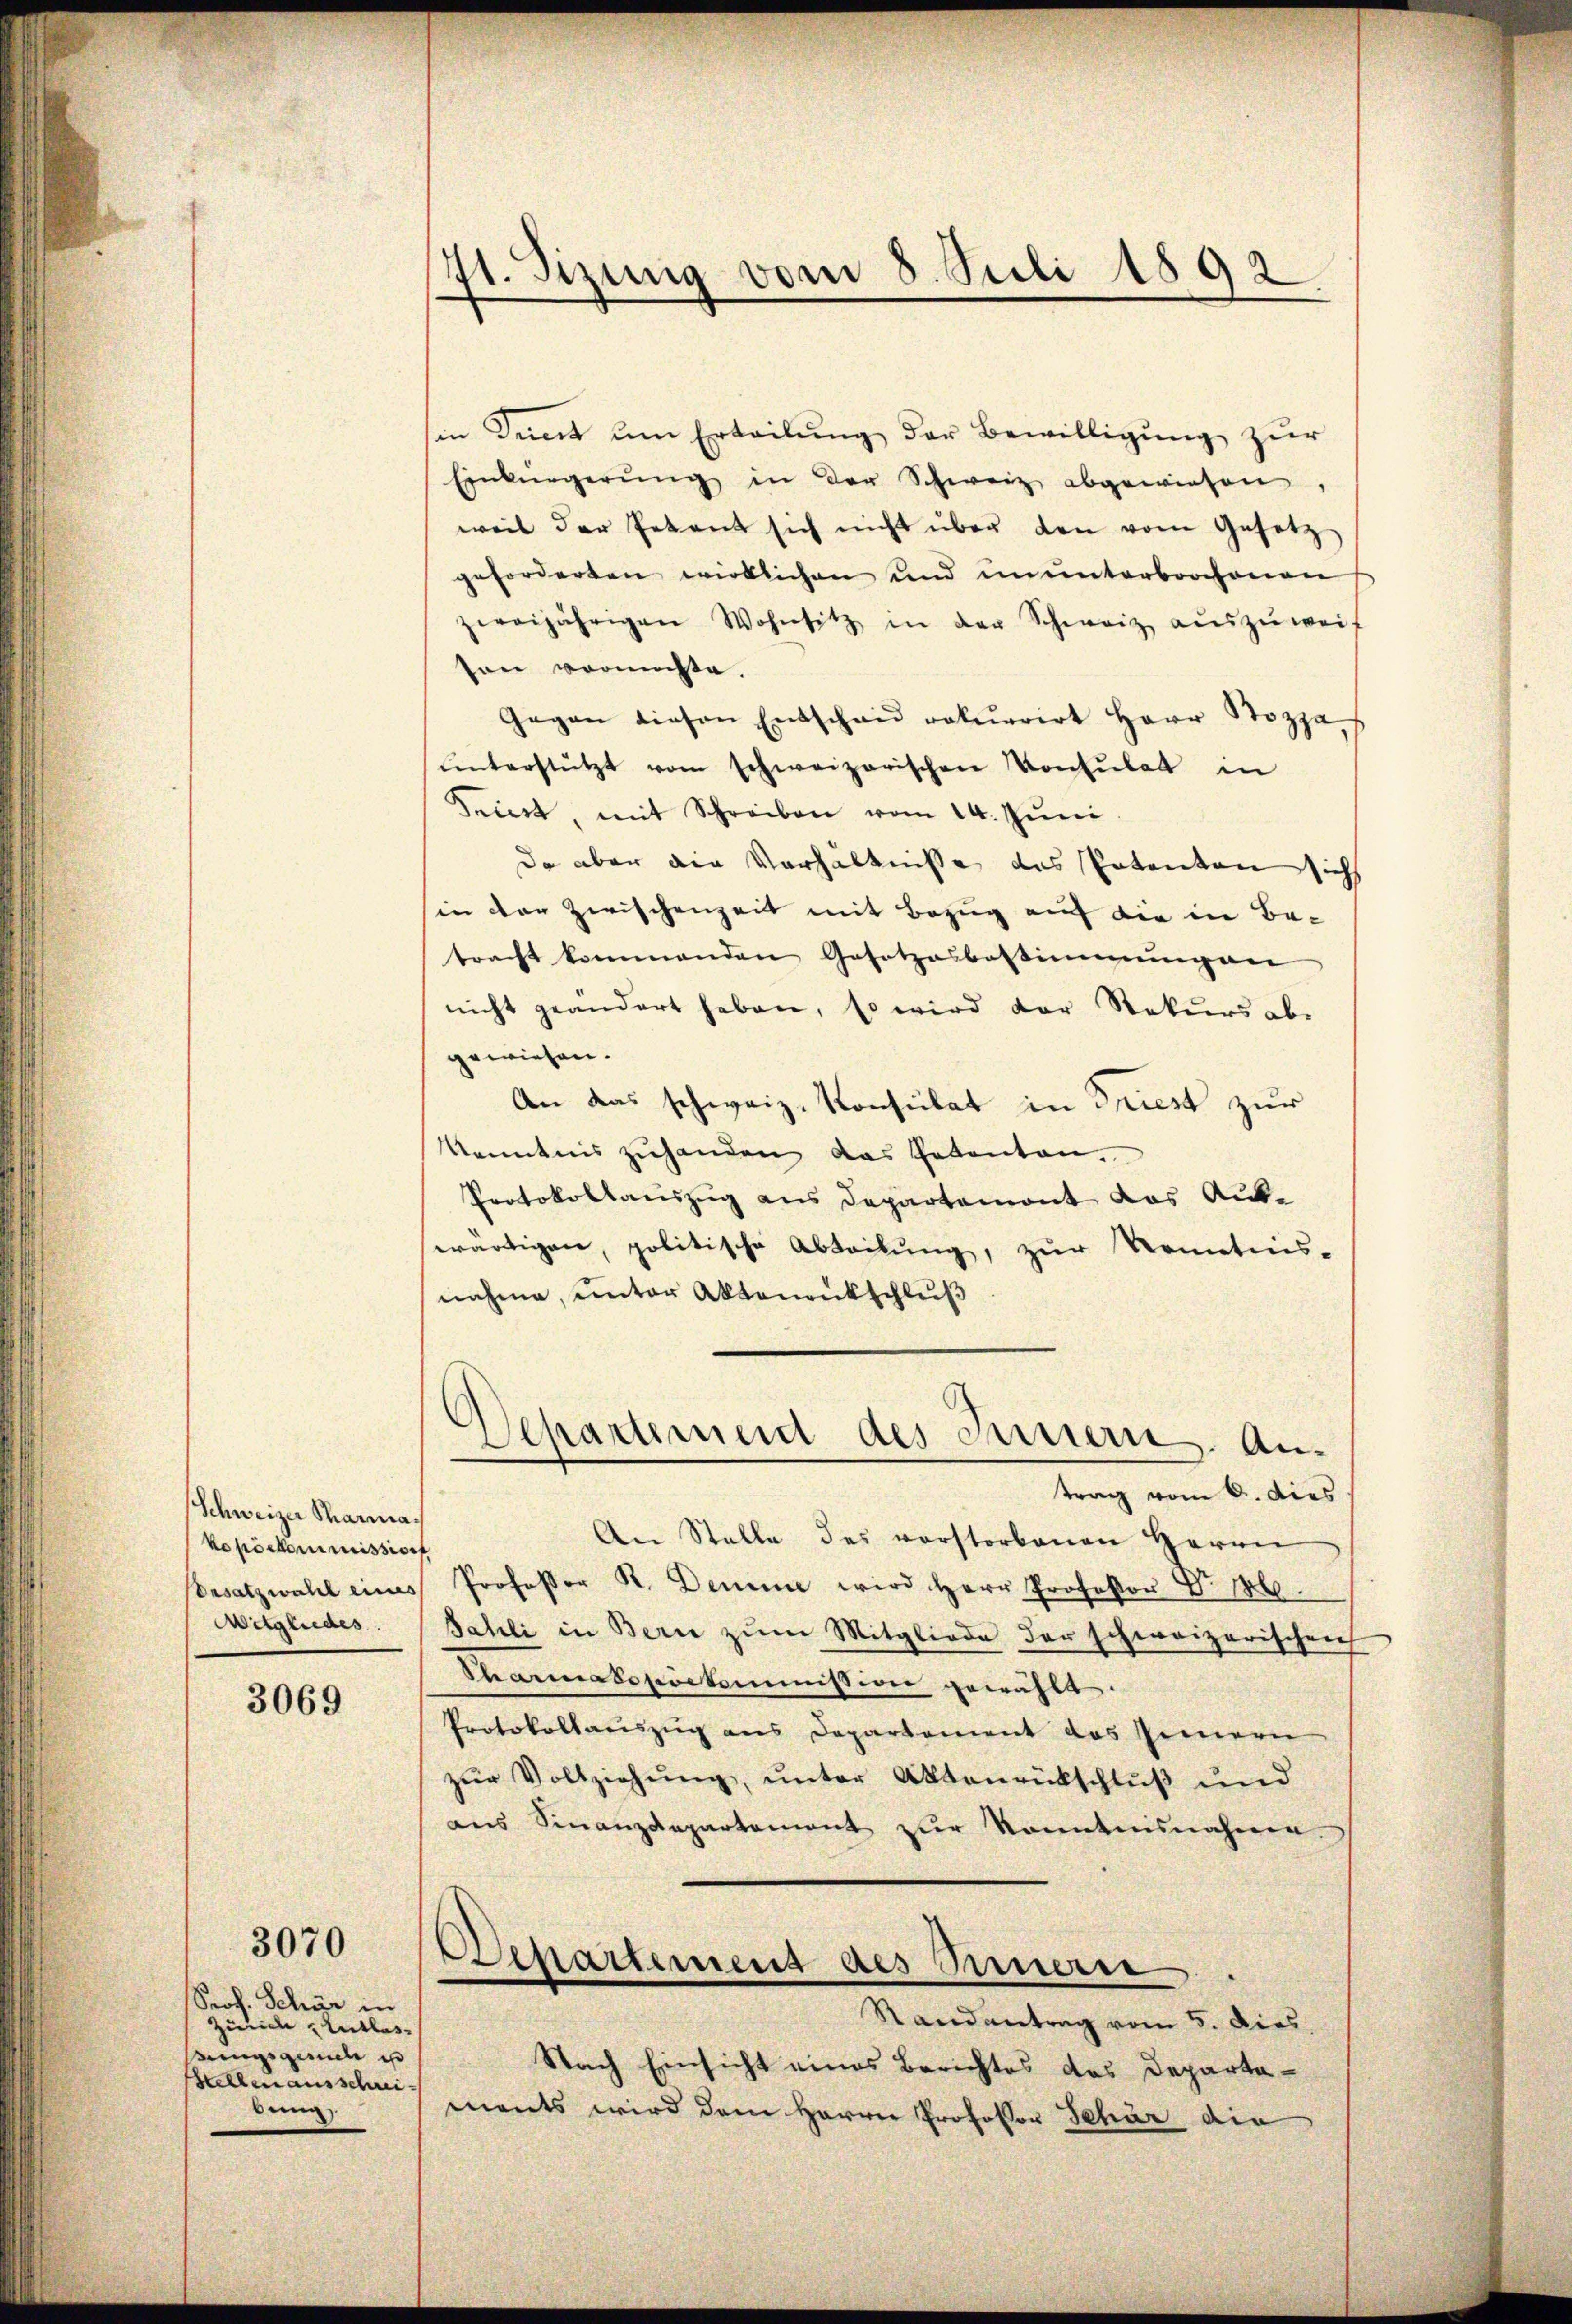
Schweizer Scharma.
kopöekommission
Besatzwahl eines
Mitgliedes

3069

3070

Prof. Schär in
Zirie Entlassungsgerich e
Stellen ausschreibung

7t. Sizung vom 8. Juli 1892.

in Zeit um Erteilung der Bewilligung zur
Einbürgerŭng in der Schweiz abgewiesen
weil der Petent sich nicht über den vom Gesetz
geforderten wirklichen und ununterbrochenen
zweijährigen Wohnsitz in der Schweiz aŭszŭweif
ton vermöchte.
Gegen diesen Entschaŭ rekurrirt Herr Stozza
ŭnterstützt vom schweizerischen Konsulat in
Triert, mit Schreiben vom 14. Jŭni
Da aber die Verhältnisse das Potenten sich
in der Zwischenzeit mit Bezug auf die in Betracht kommenden Gesetzesbestimmung an
nicht geändert haben, so wird der Rekurs abe
gewiesen.
An das schweiz. Konsulat in Triest zur
kenntnis zuhanden das Petenten,
Protokollauszug aus Departemont das Aus-
wärtigen, politische Abteilŭng, zŭr Nomatis-
nahme, unter Aktenenkschluß
Aepartemend des Innern. Antrag vom 6. dies
An Stelle des verstorbenen Herrn
Professor K. Demme wird Herr Professor Dr. H
Sahli in Bern zum Mitgliede der schweizerischen
Charmakopöckommission gewählt.
Protokollaŭszŭg ans Departement des Innern
zur Vollziehung, unter Aktenrückschluß und
aus Finanzdepartement zur Sonntennahme.
Departement des Innern
Randantrag vom 5. dies
Nach Einsicht eines Berichtes des Departa-
ments wird dem Herrn Professor Schur die